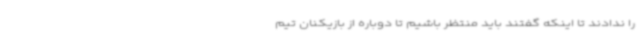
را ندادند تا اینکه گفتند باید منتظر باشیم تا دوباره از بازیکنان تیم